Bréfritari: Þórunn Pálsdóttir
Viðtakandi: Páll Pálsson
Dagsetning: A-1846-09-27
Skrifað á: Hallfreðarstöðum  N-Múl.
Páll var bróðir Þórunnar

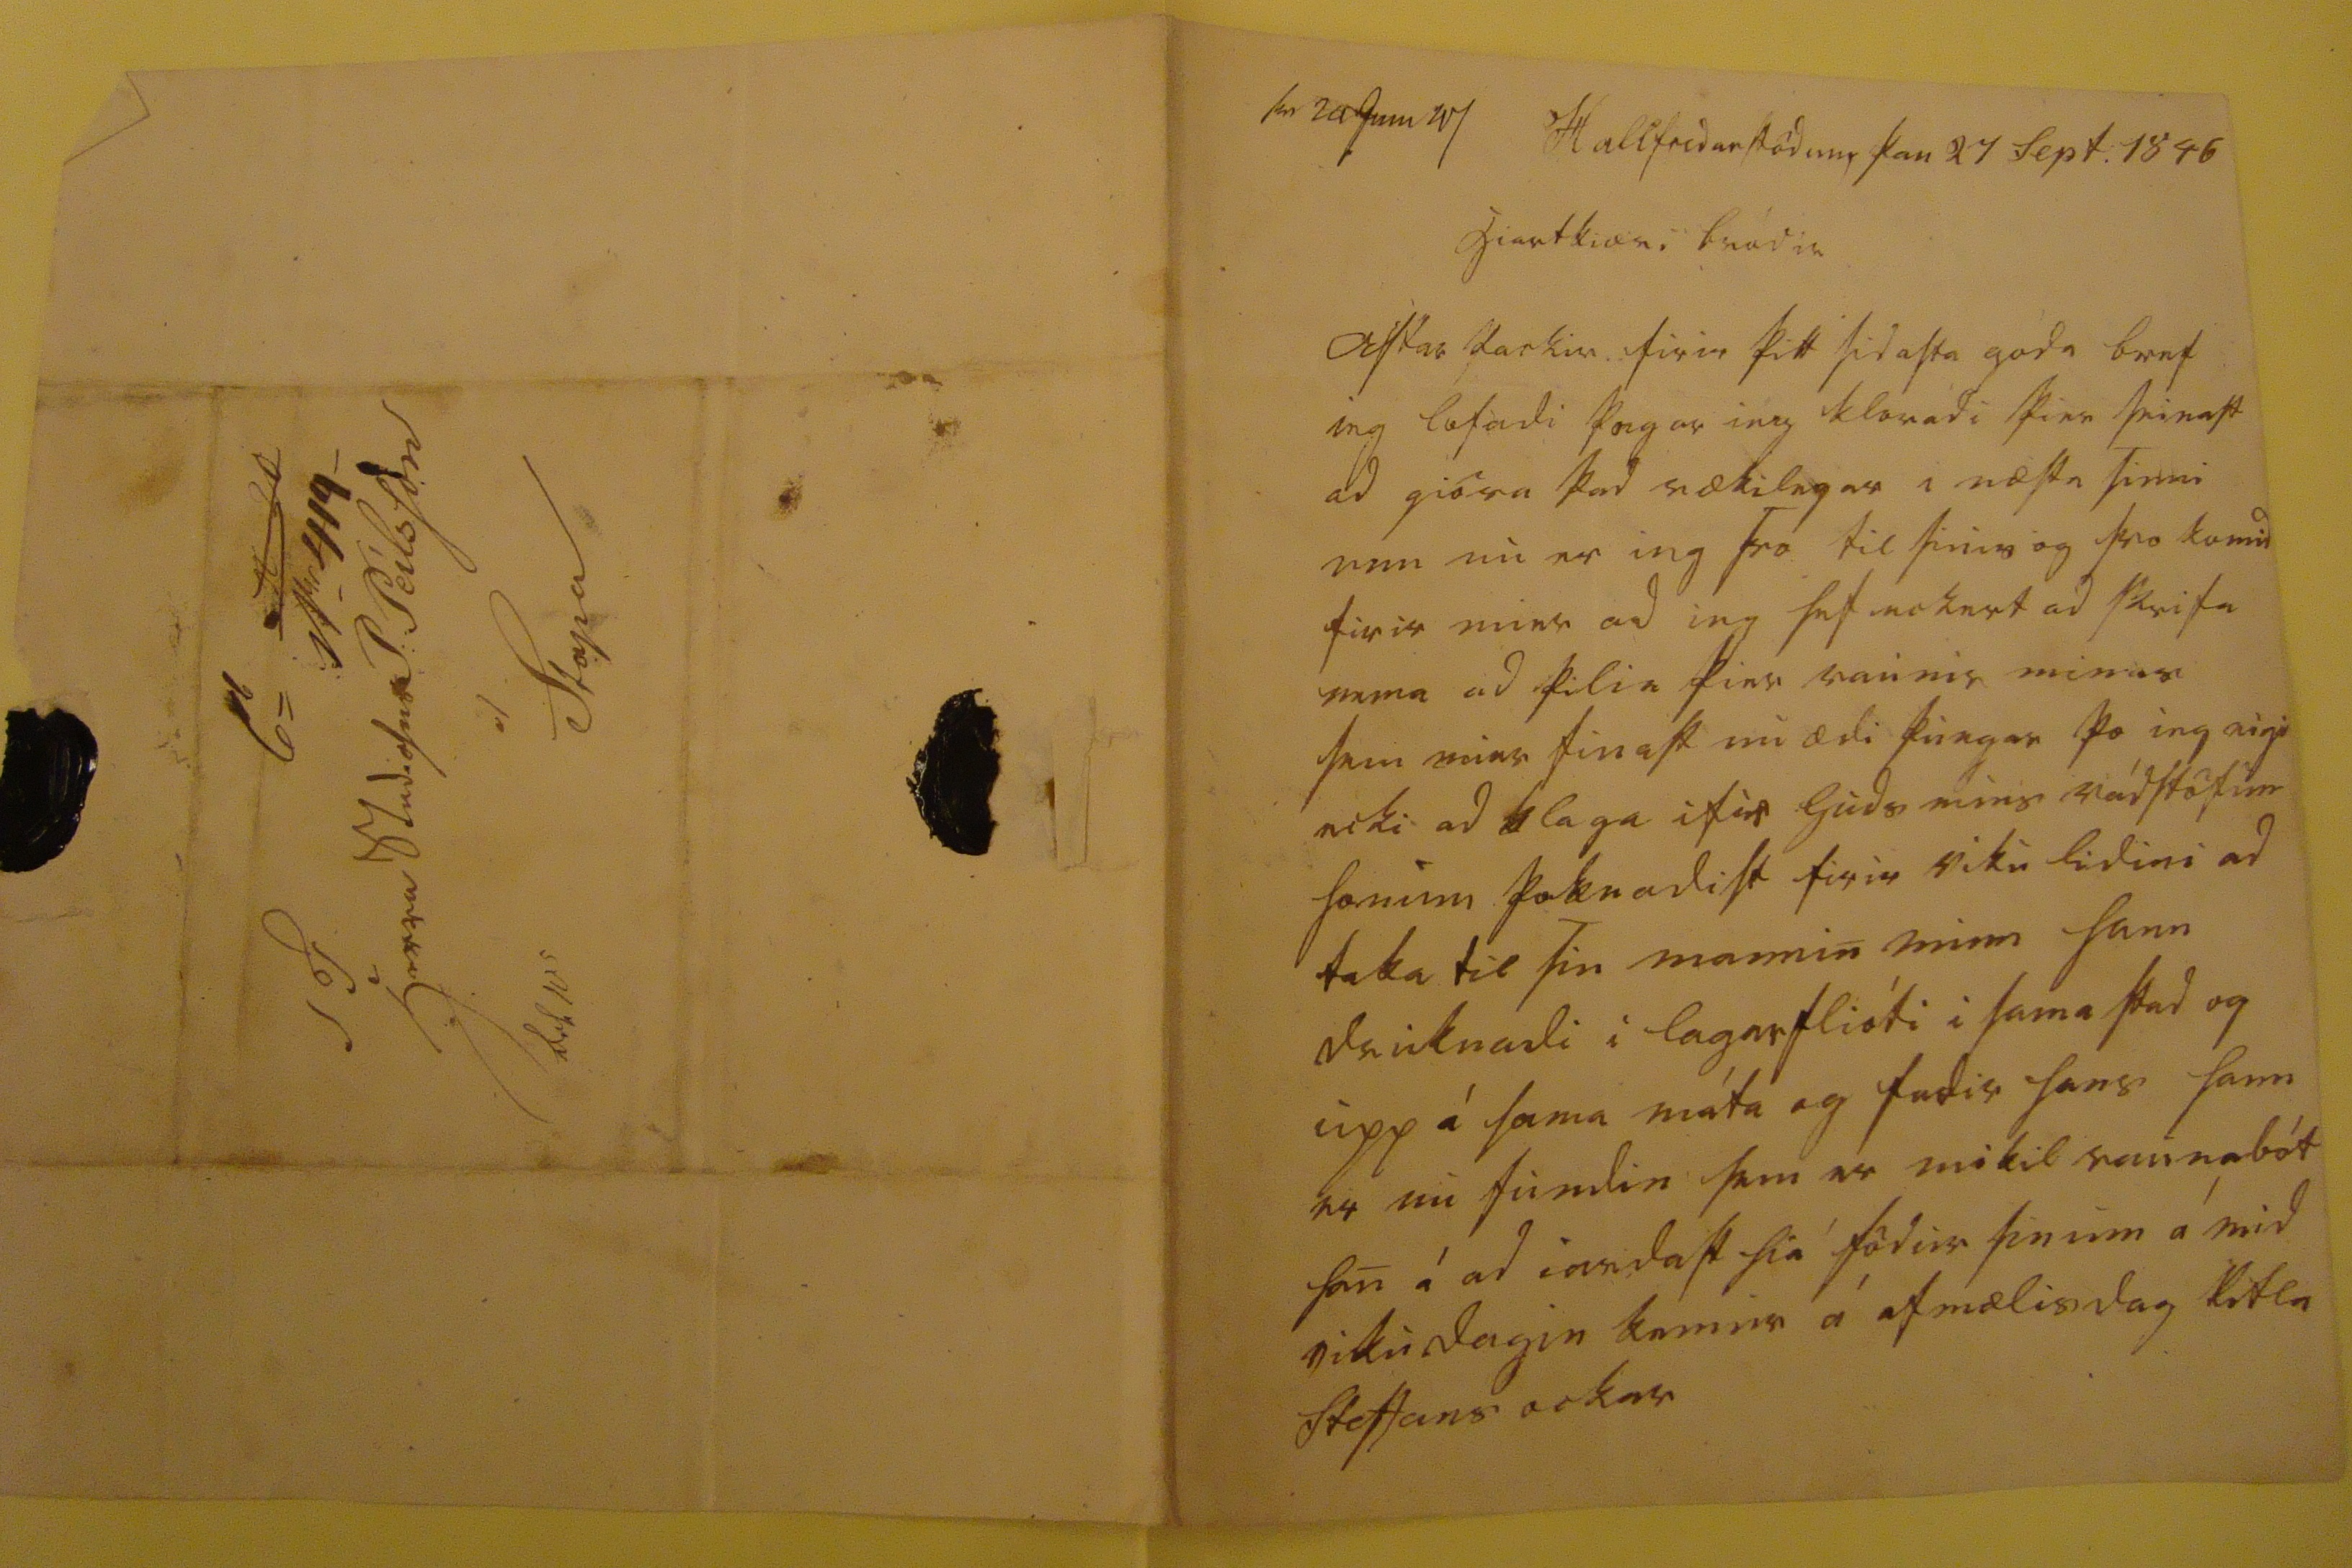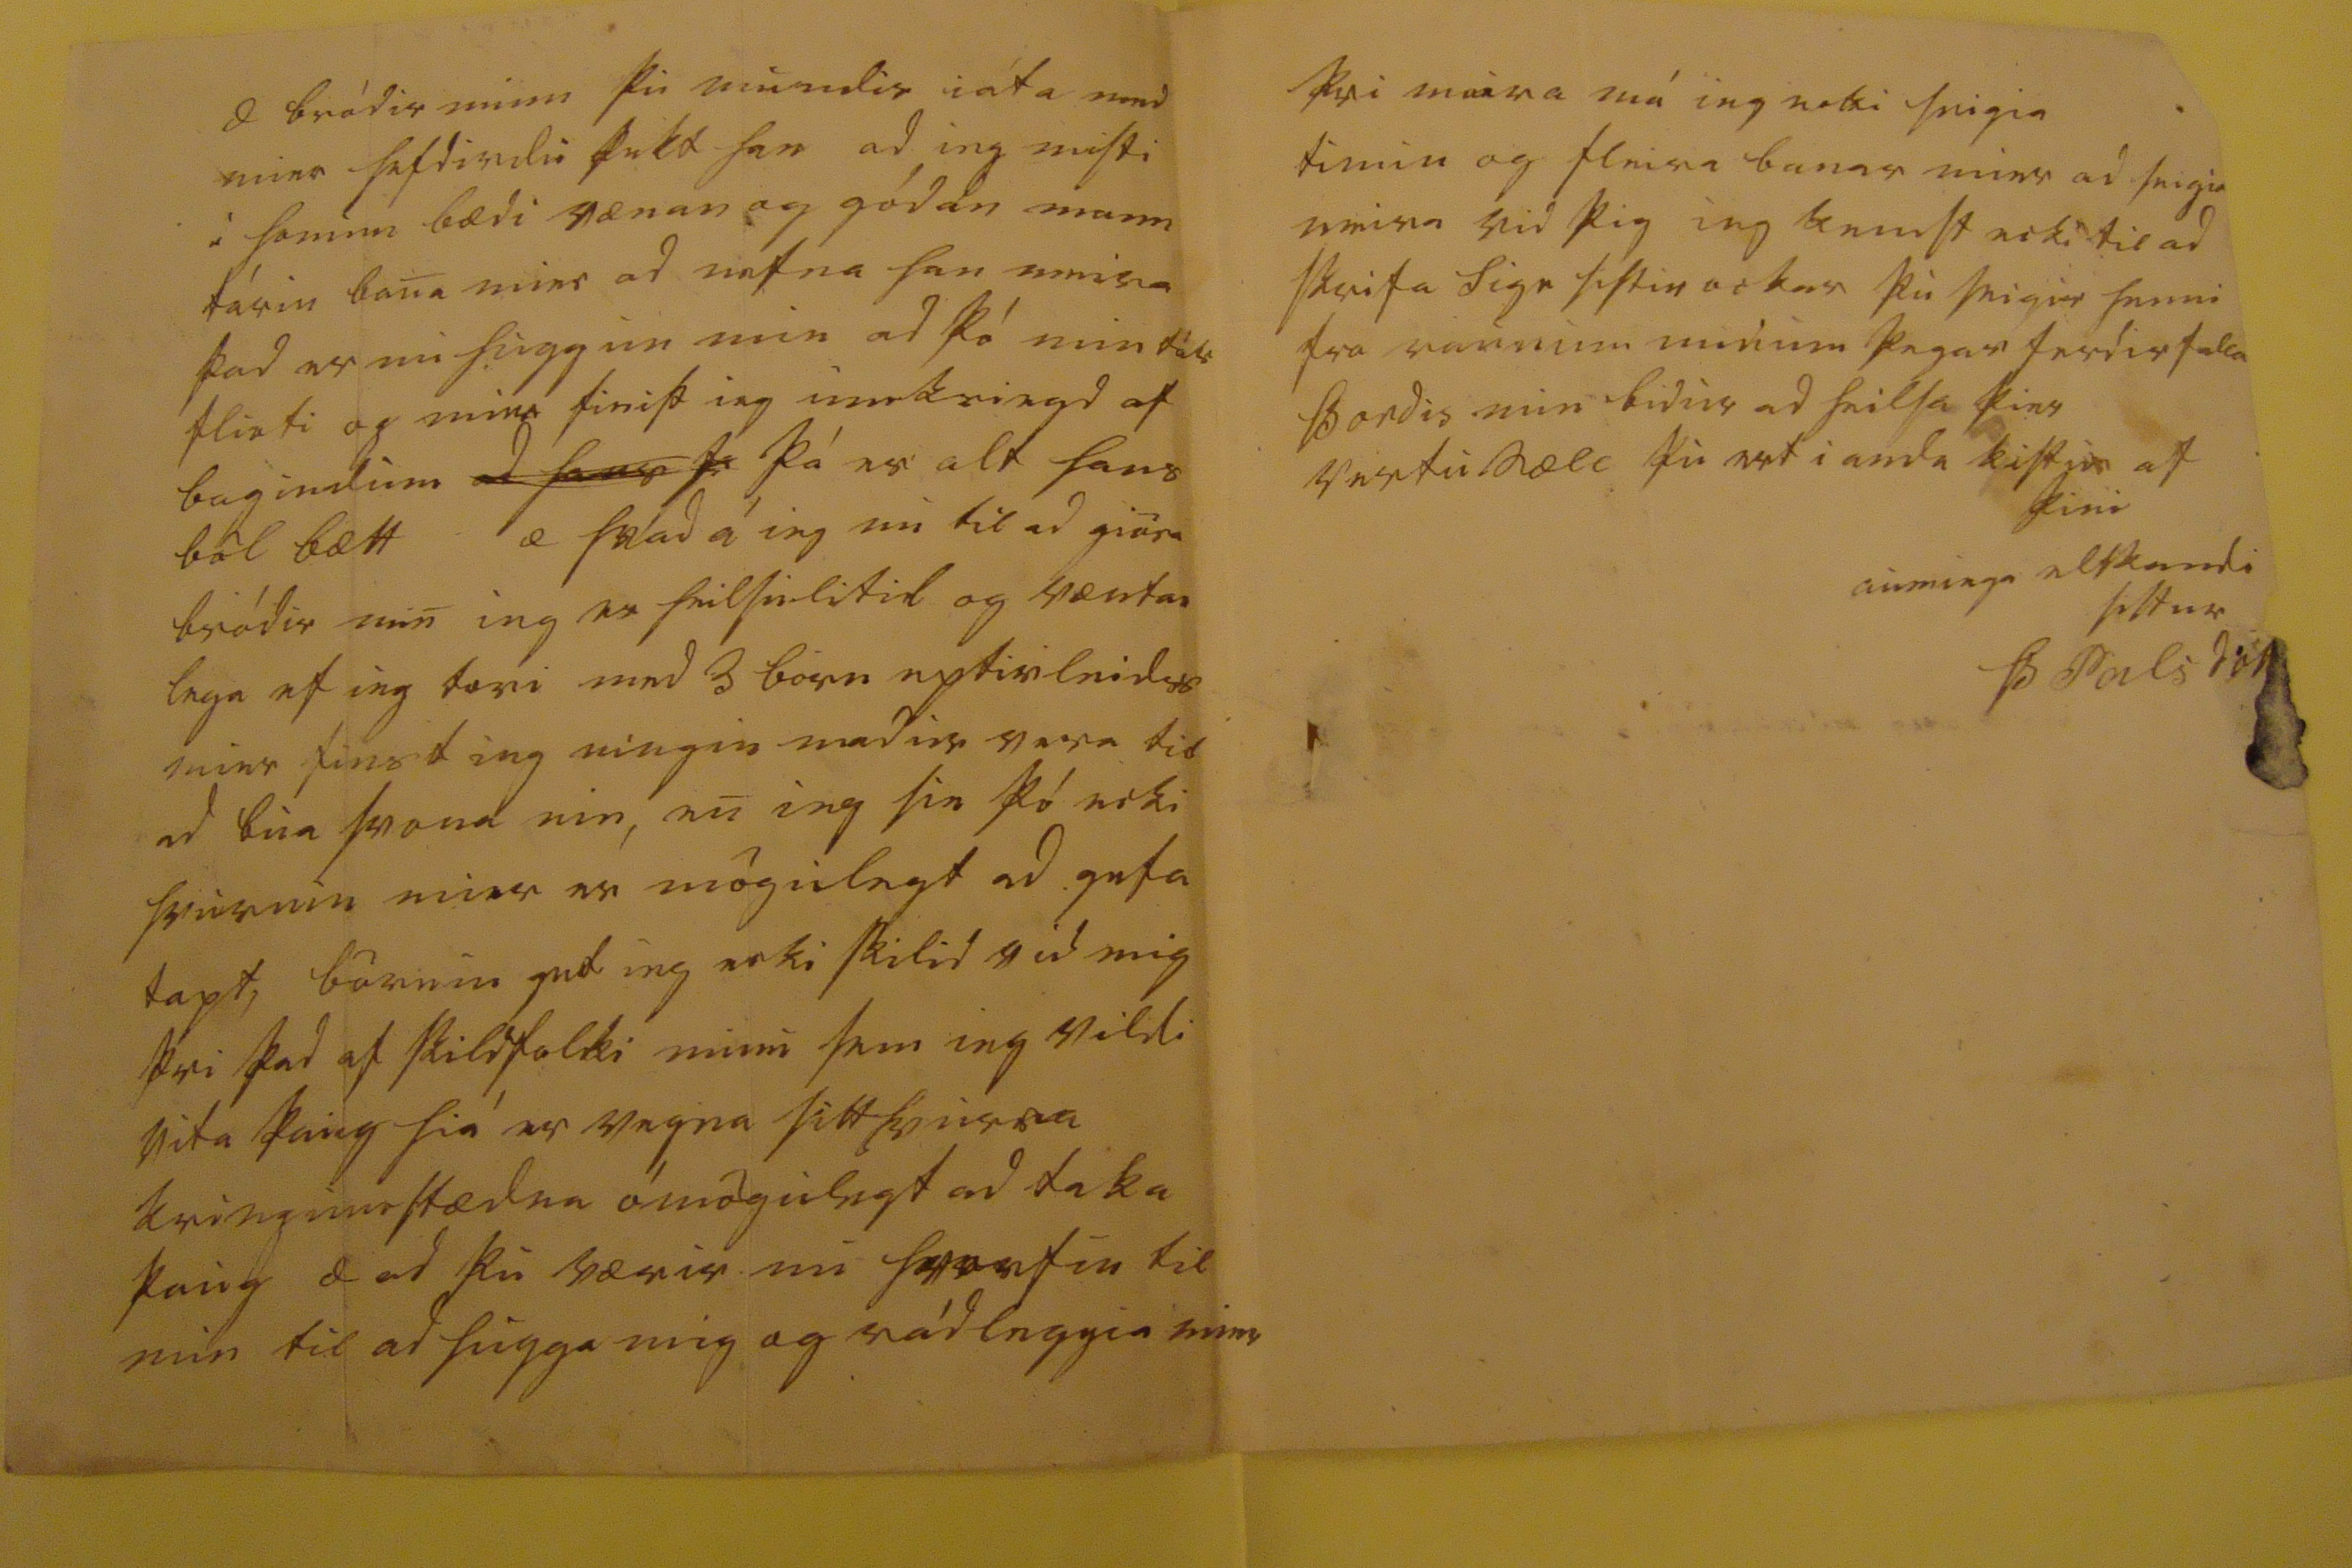

00 24 jun 47
Hallfredarstödum þan 27 Sept. 1846
hiartkiæri bródir
Astar þackir firir þitt sidasta góda bref ieg lofadi þegar ieg kloradi þier seinast ad giöra þad rækilegar i næsta sinni enn nu er ieg svo til
sinis
og svo komid firir mier ad ieg hef eckert ad skrifa nema ad þilia þier raunir minar sem mier sinast nu ædi þungar þo ieg eigi ecki ad klaga ifir Guds mins rádstöfum honum þoknadist firir viku lidini ad taka til sin mannin minn hann druknadi i lagarflióti i sama stad og upp á sama máta og fadir hans sem er nu fundin sem er mikil raunabót han á ad iardast hia födur sinum á mid vikudagin kemur á afmælisdag litla Steffans ockar
æ bródir minn þu mundir iáta med mier hefdirdu þekt han ad ieg misti i honum bædi vænan og gódan mann tárin bana mier ad nefna han meira þad er nu huggun min ad þó min tár flioti og mier finist ieg umkringd af bagindum
ad h00r þa
þá er alt hans böl bætt æ hvad á ieg nu til ad giöra bródir min ieg er heilsulitil og vænta
n
lega ef ieg færi med 3 börn eptir
leid0s
mier finst ieg eingin madur vera til ad bua svona ein, en ieg sie þó ecki hvurnin mier er mögulegt ad geta tapt, börnin get ieg ecki skilid vid mig þvi þad af skildfolki minu sem ieg vildi vita þaug hiá er vegna sitthvurra kringumstædna ómögulegt ad taka þaug æ ad þu værir nu
hvorfin
til min til ad hugga mig og rádleggia mier
þvi meira má ieg ecki seigia timin og fleira banar mier ad seigia meira vid þig ieg kemst ecki til ad skrifa Sigr sistir ockar þu seigir henni fra raunum minum þegar ferdir
falla
Þordis min bidur ad heilsa þier
vertu sæll þu ert i anda kistur af þini auminga elskandi sistur
Þ Pálsdót
6=
00000
00 419 00 Herra Studioses P: Pálsson á Stapa 000 105